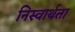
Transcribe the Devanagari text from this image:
निस्वार्थता